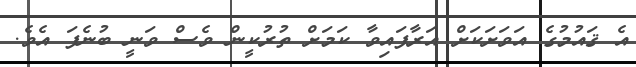
އެ ޤައުމުގެ އަވަށަކަށް އަރާފައިވާ ކަމަށް ތުރުކީން ވެސް ވަނީ ބުނެފަ އެވެ.